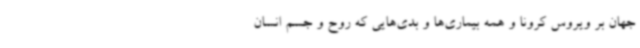
جهان بر ویروس کرونا و همه بیماری‌ها و بدی‌هایی که روح و جسم انسان